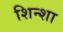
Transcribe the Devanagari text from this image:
शिन्शा